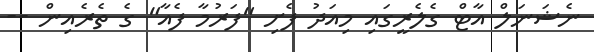
ނެޝަނަލް އާޓް ގެލެރީގައި މިއަދު ފެށި "ފަރުމާ ފެއާ" ގެ ތެރެއިން --